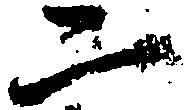
二